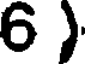
6 )